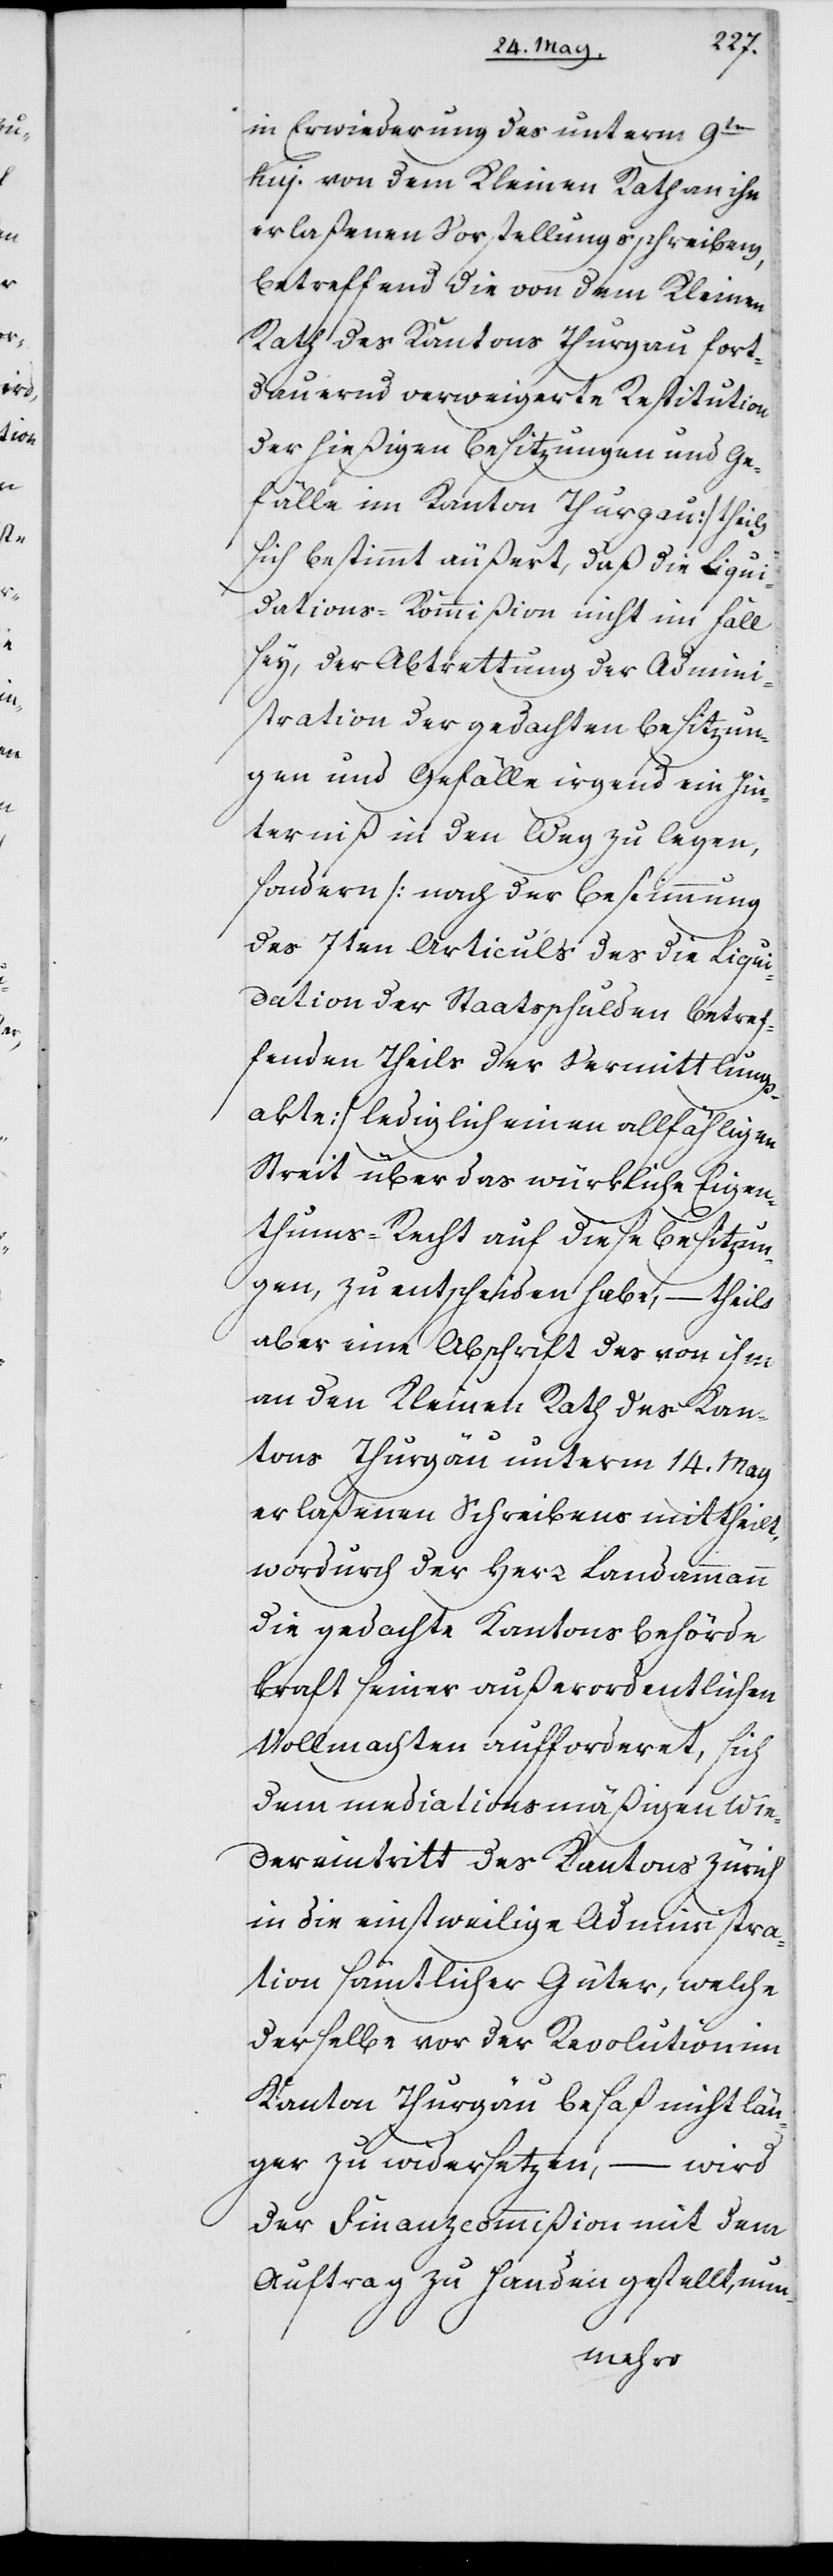
(in Erwiederung des unterm 9ten
huj. von dem Kleinen Rath an ihn
erlaßenen Vorstellungsschreiben,
betreffend die von dem Kleinen
Rath des Kantons Thurgau fort¬
dauernd verweigerte Restitution
der hießigen Besitzungen und Ge¬
fälle im Kanton Thurgau) theils
sich bestimmt äußert, das die Liqui¬
dations-Kommißion nicht im Fall
sey, der Abtrettung der Admini¬
stration der gedachten Besitzun¬
gen und Gefälle irgend ein Hin¬
derniß in den Weg zu legen,
sondern (nach der Bestimmung
des 7ten Articuls des die Liqui¬
dation der Staatsschulden betref¬
fenden Theils der Vermittlungs¬
akte) lediglich einen allfähligen
Streit über das würkliche Eigen¬
thums-Recht auf diese Besitzun¬
gen, zu entscheiden habe, – theils
aber eine Abschrift des von ihm
an den Kleinen Rath des Kan¬
tons Thurgau unterm 14ten May
erlaßenen Schreibens mittheilt,
wordurch der Herr Landammann
die gedachte Kantonsbehörde
kraft seiner außerordentlichen
Vollmachten aufforderet, sich
dem mediationsmäßigen Wie¬
dereintritt des Kantons Zürich
in die einstweilige Administra¬
tion sämtlicher Güter, welche
derselbe vor der Revolution im
Kanton Thurgau besaß, nicht län¬
ger zu widersetzen, – wird
der Finanzcommißion mit dem
Auftrag zu Handen gestellt, nun-